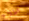
اطلاع